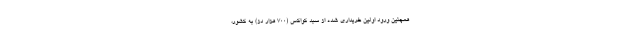
همچنین ورود اولین خریداری شده از سبد کواکس (۷۰۰ هزار دز) به کشور،